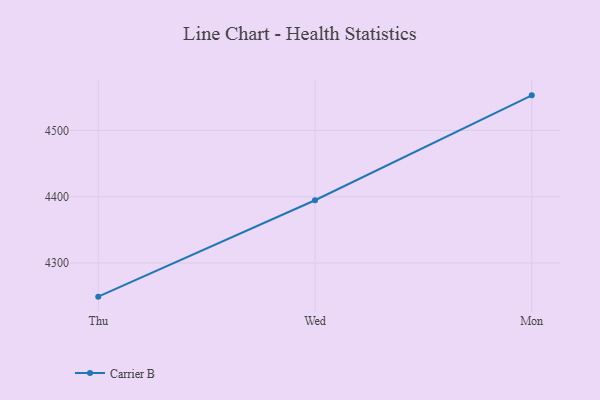
{"axis": {"x": "Day", "y": "Energy Usage (MWh)"}, "legend": ["Carrier B"], "data": [{"x": "Thu", "y": 4249.2, "type": "Carrier B"}, {"x": "Wed", "y": 4394.7, "type": "Carrier B"}, {"x": "Mon", "y": 4553.0, "type": "Carrier B"}]}